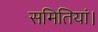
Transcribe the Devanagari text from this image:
समितियां।